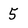
Character: 5